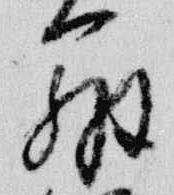
弁